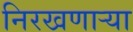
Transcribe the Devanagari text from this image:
निरखणाऱ्या